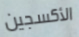
الأكسجين